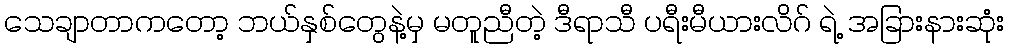
သေချာတာကတော့ ဘယ်နှစ်တွေနဲ့မှ မတူညီတဲ့ ဒီရာသီ ပရီးမီယားလိဂ် ရဲ့ အခြားနားဆုံး